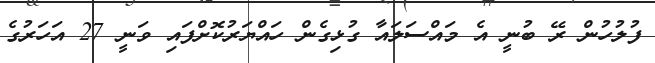
ފުލުހުން ރޭ ބުނީ އެ މައްސަލައާ ގުޅިގެން ހައްޔަރުކޮށްފައި ވަނީ 27 އަހަރުގެ